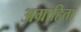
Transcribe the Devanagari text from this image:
अग्राहिता